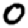
Digit: 0